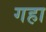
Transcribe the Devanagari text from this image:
गहा